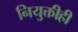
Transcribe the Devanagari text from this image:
नियुक्तीही